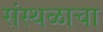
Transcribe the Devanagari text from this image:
संस्थळाचा